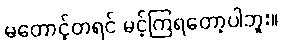
မတောင့်တရင် မင့်ကြရတော့ပါဘူး။